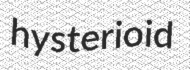
hysterioid